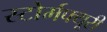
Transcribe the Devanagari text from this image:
स्टोर्मफ्यूरी